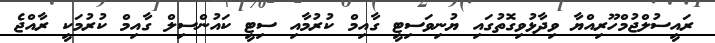
ރައީސުލްޖުމްހޫރިއްޔާ ވިދާޅުވިގޮތުގައި ޔުނިވަސިޓީ ގާއިމް ކުރުމާއި ސިޓީ ކައުންސިލް ގާއިމް ކުރުމަކީ ރާއްޖެ